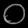
Digit: ၀